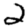
Digit: 2